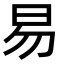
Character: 易